Leaving Certificate Examination (including Day School Certificate (Higher) General paper), 1933
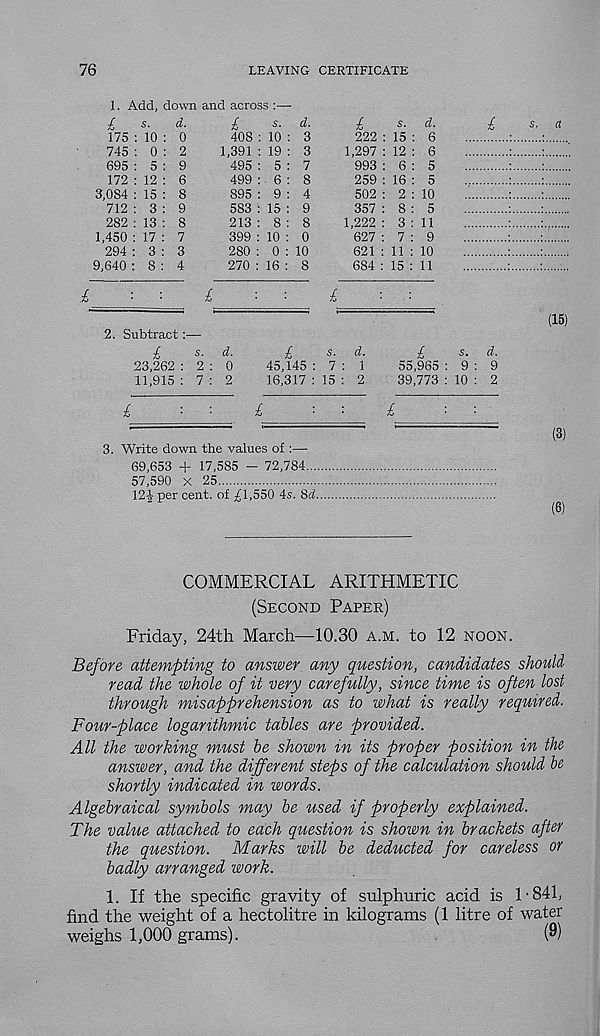
76
LEAVING CERTIFICATE
1. Add, down and across :—
£
s.
d.
175 : 10 : 0
745 : 0 : 2
695 : 5 : 9
172 : 12 : 6
3,084 : 15 : 8
712 : 3 : 9
282 : 13 : 8
1,450 : 17 : 7
294 : 3 : 3
9,640 : 8 : 4
£
s. d.
408 : 10 : 3
1,391 : 19 : 3
495 : 5 : 7
499 : 6 : 8
895 : 9 : 4
583 : 15 : 9
213 : 8 : 8
399 : 10 : 0
280 : 0 : 10
270 : 16 : 8
£
s. d.
222 : 15 : 6
1,297 : 12 : 6
993 : 6 : 5
259 : 16 : 5
502 : 2 : 10
357 : 8 : 5
1,222 : 3 : 11
627 : 7 : 9
621 : 11 : 10
684 : 15 : 11
£
£
2. Subtract:—
£
s. d.
23,262 : 2 : 0
11,915: 7: 2
£
£
s. d.
45,145 : 7 : 1
16,317 : 15 : 2
£
£
s. d.
55,965 : 9 : 9
39,773 : 10 : 2
£
3. Write down the values of :—
69,653 + 17,585 - 72,784...
57,590 x 25
12J per cent, of ^1,550 4s. %d.
a
(15)
(3)
(8)
COMMERCIAL ARITHMETIC
(Second Paper)
Friday, 24th March—10.30 a.m. to 12 noon.
Before attempting to answer any question, candidates should
read the whole of it very carefully, since time is often lost
through misapprehension as to what is really required.
Four-place logarithmic tables are provided.
All the working must be shown in its proper position in the
answer, and the different steps of the calculation should be
shortly indicated in words.
Algebraical symbols may be used if properly explained.
The value attached to each question is shown in brackets after
the question. Marks will be deducted for careless or
badly arranged work.
1. If the specific gravity of sulphuric acid is 1-841,
find the weight of a hectolitre in kilograms (1 litre of water
weighs 1,000 grams).
(9)